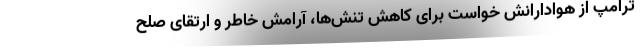
ترامپ از هوادارانش خواست برای کاهش تنش‌ها، آرامش خاطر و ارتقای صلح